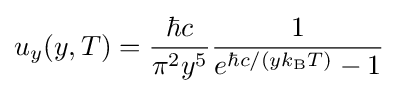
u_{y}(y,T)={\frac {\hbar c}{\pi ^{2}y^{5}}}{\frac {1}{e^{\hbar c/(yk_{\mathrm {B} }T)}-1}}